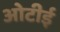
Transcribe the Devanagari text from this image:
ओटीई